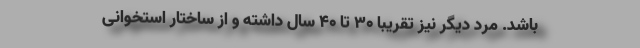
باشد. مرد دیگر نیز تقریبا ۳۰ تا ۴۰ سال داشته و از ساختار استخوانی